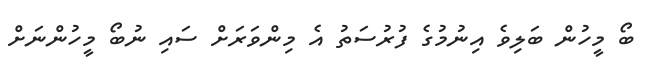
ބޯ މީހުން ބަލިވެ އިނުމުގެ ފުރުސަތު އެ މިންވަރަށް ސައި ނުބޯ މީހުންނަށް